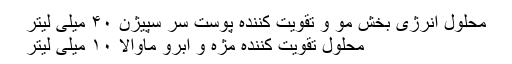
محلول انرژی بخش مو و تقویت کننده پوست سر سپیژن ۴۰ میلی لیتر
محلول تقویت کننده مژه و ابرو ماوالا ۱۰ میلی لیتر